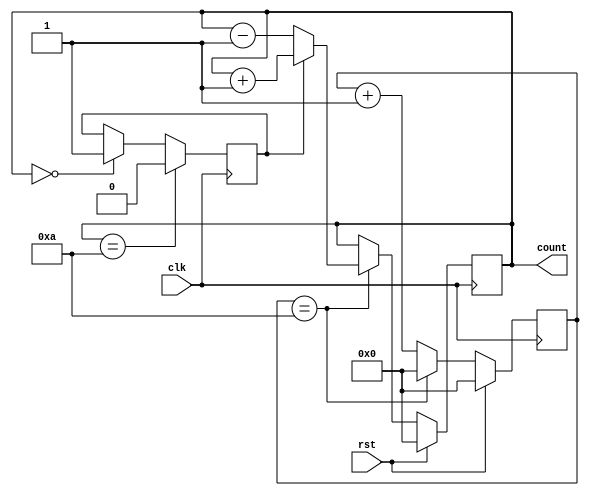
module Counter_low #(parameter M=10, parameter N=10)(clk, rst, count);

input clk, rst;
output reg [31:0] count;
reg [31:0] t_count;
reg level;
always @(posedge clk) begin
		if (rst) begin 
				count <= 32'b0;
            	t_count <= 32'b0;
		end
    	else
    	   	if(t_count==M)begin
            		t_count <= 32'b0;
					if(level) count <= count + {{31{1'b0}}, 1'b1};
					else  count <= count - {{31{1'b0}}, 1'b1};
        	end
       		else begin
            	t_count <= t_count + {{31{1'b0}}, 1'b1};
        end
end

always @(posedge clk) begin
		if(count==N) level<=1'b0;
		else if (count==32'b0) level<=1'b1;
		//else level<=level;
end
endmodule